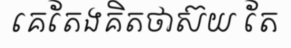
គេតែងគិតថាស៊យ តែ